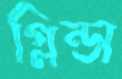
গ্লিন্ডা